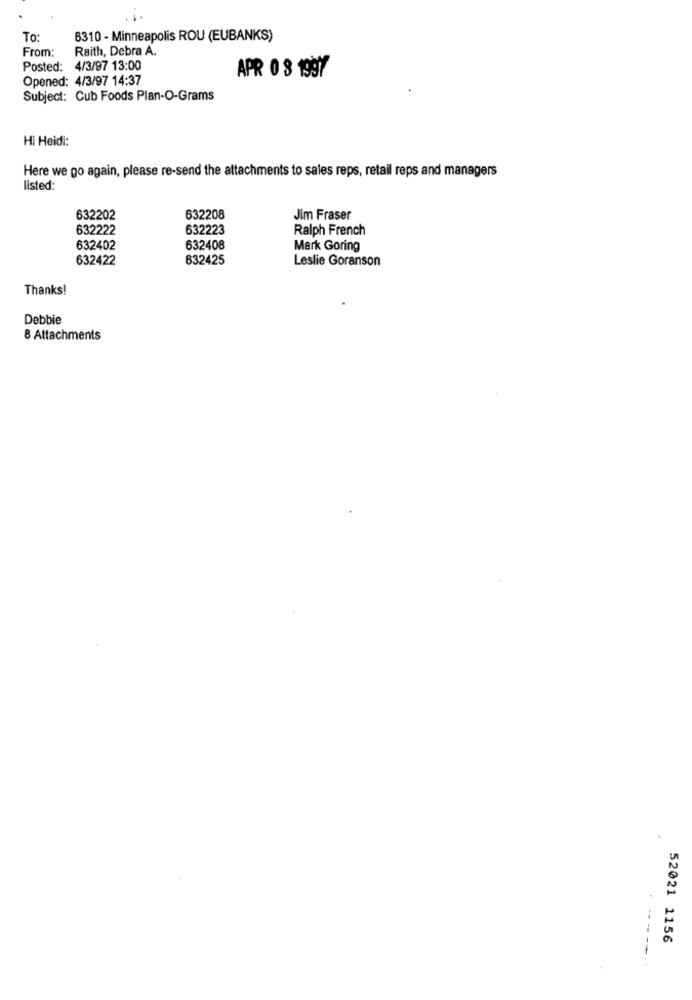
To:
6310 - Minneapolis ROU (EUBANKS)
From:
Raith, Debra A.
Posted:
4/3/97 13:00
APR 0 3 1997
Opened: 4/3/97 14:37
Subject: Cub Foods Plan-O-Grams
Hi Heidi:
Here we go again, please re-send the attachments to sales reps, retail reps and managers
listed:
632202
632208
Jim Fraser
632222
632223
Ralph French
632402
632408
Mark Goring
632422
632425
Leslie Goranson
Thanks!
Debbie
8 Attachments
52021 1156